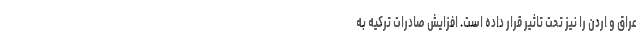
عراق و اردن را نیز تحت تاثیر قرار داده است. افزایش صادرات ترکیه به